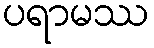
ပရာမဿ